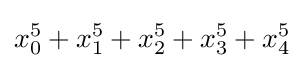
x_{0}^{5}+x_{1}^{5}+x_{2}^{5}+x_{3}^{5}+x_{4}^{5}